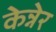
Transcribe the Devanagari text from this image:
केन्नेर